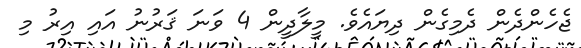
ޖެހެންދެން ދެމިގެން ދިޔައެވެ. މީލާދީން 4 ވަނަ ޤަރުނު އައި އިރު މި